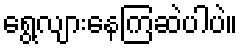
ရွေ့လျားနေကြဆဲပါပဲ။